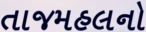
તાજમહલનો